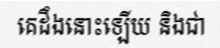
គេដឹងនោះឡើយ និងជា